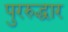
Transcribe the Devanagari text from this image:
पुररुद्धार